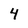
Character: 4